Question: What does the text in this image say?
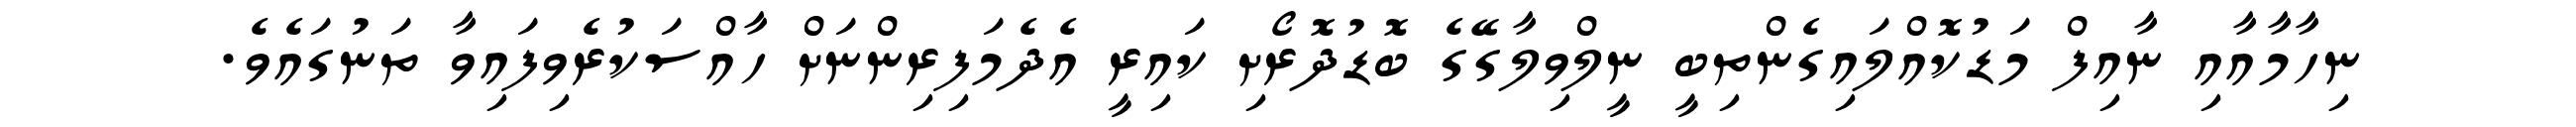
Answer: ނިހާމާއާއި ނާއިފް މަޑުކޮއްލައިގެންތިބީ ނީލްވިލާގޭގެ ބޮޑުދޮރޯށި ކައިރީ އެދެމަފިރިންނަށް ހާއްސަކުރެވިފައިވާ ތަނުގައެވެ.